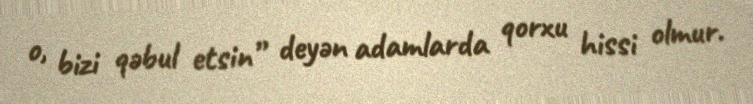
o, bizi qəbul etsin” deyən adamlarda qorxu hissi olmur.